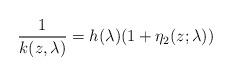
LaTeX: \begin{align*}\frac{1}{k(z,\lambda)}= h(\lambda)(1 + \eta_2 (z;\lambda))\end{align*}